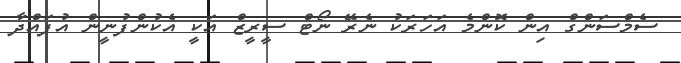
ސެމްސަންގް އިން ކޮންމެ އަހަރަކު ނެރޭ ނޯޓް ސީރީޒް އަކީ އެކުންފުނީން އުފައްދާ